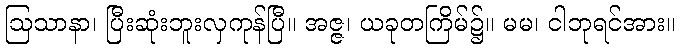
ဩသာနာ၊ ပြီးဆုံးဘူးလှကုန်ပြီ။ အဇ္ဇ၊ ယခုတကြိမ်၌။ မမ၊ ငါဘုရင်အား။